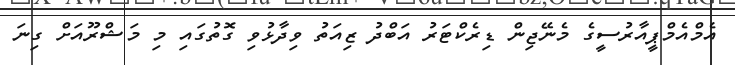
އެމްއެމްޕީއާރުސީގެ މެނޭޖިން ޑިރެކްޓަރު އަބްދު ޒިއަތު ވިދާޅުވި ގޮތުގައި މި މަޝްރޫއަށް ގިނަ